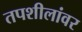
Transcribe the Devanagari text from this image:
तपशीलांवर